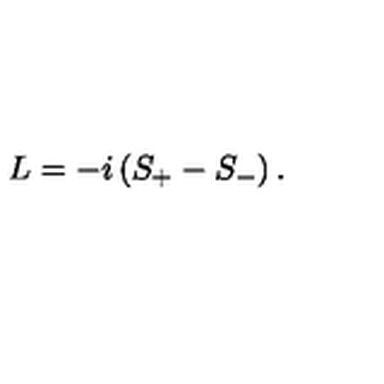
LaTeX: L = - i \left( S _ { + } - S _ { - } \right) .